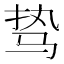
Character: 𱅊